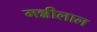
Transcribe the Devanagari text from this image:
मन्नीलाल